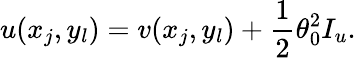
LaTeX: u(x_{j},y_{l})=v(x_{j},y_{l})+\frac{1}{2}\theta_{0}^{2}I_{u}.